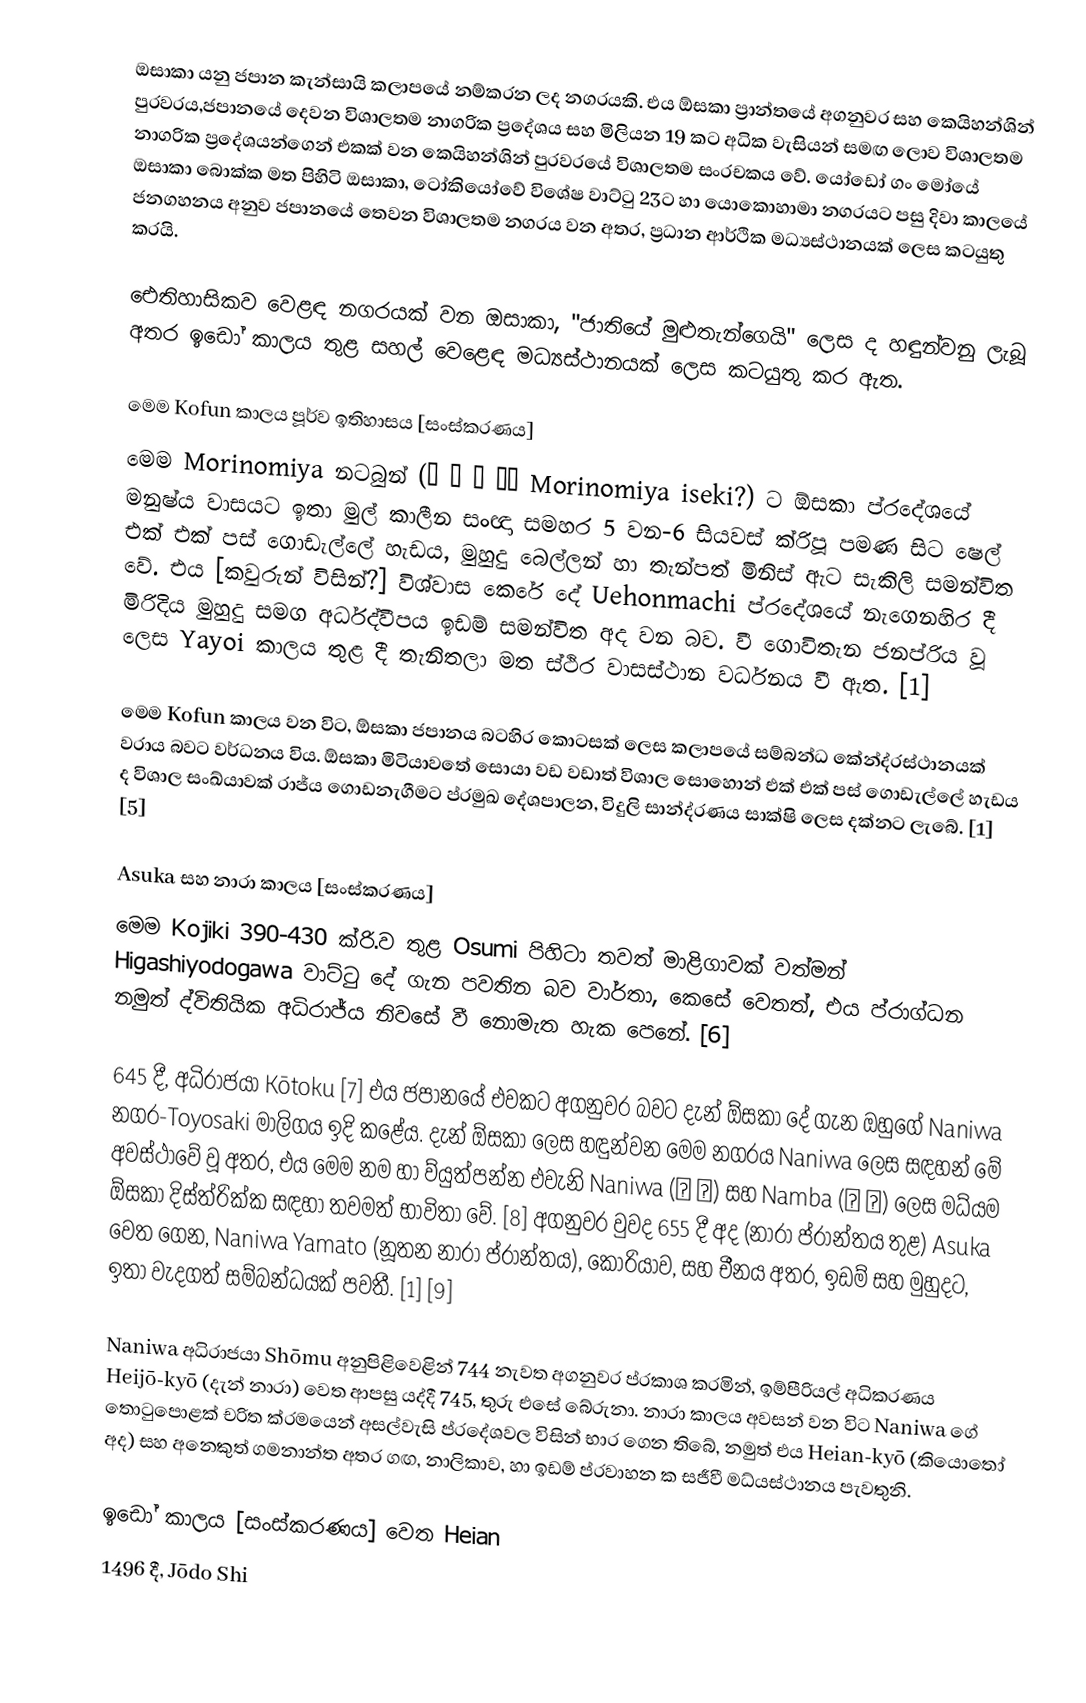
ඔසාකා යනු ජපාන කැන්සායි කලාපයේ නම්කරන ලද නගරයකි. එය ඕසකා ප්‍රාන්තයේ අගනුවර සහ කෙයිහන්ශින් පුරවරය,ජපානයේ දෙවන විශාලතම නාගරික ප්‍රදේශය සහ මිලියන 19 කට අධික වැසියන් සමඟ ලොව විශාලතම නාගරික ප්‍රදේශයන්ගෙන් එකක් වන කෙයිහන්ශින් පුරවරයේ විශාලතම සංරචකය වේ.  යෝඩෝ ගං මෝයේ ඔසාකා බොක්ක මත පිහිටි ඔසාකා, ටෝකියෝවේ විශේෂ වාට්ටු 23ට හා යොකොහාමා නගරයට පසු දිවා කාලයේ ජනගහනය අනුව ජපානයේ තෙවන විශාලතම නගරය වන අතර, ප්‍රධාන ආර්ථික මධ්‍යස්ථානයක් ලෙස කටයුතු කරයි.

ඓතිහාසිකව වෙළඳ නගරයක් වන ඔසාකා, "ජාතියේ මුළුතැන්ගෙයි" ලෙස ද හඳුන්වනු ලැබූ අතර ඉඩෝ කාලය තුළ සහල් වෙළෙඳ මධ්‍යස්ථානයක් ලෙස කටයුතු කර ඇත.

මෙම Kofun කාලය පූර්ව ඉතිහාසය [සංස්කරණය]
මෙම Morinomiya නටබුන් (森 ノ 宮 遺跡 Morinomiya iseki?) ට ඕසකා ප්රදේශයේ මනුෂ්ය වාසයට ඉතා මුල් කාලීන සංඥා සමහර 5 වන-6 සියවස් ක්රිපූ පමණ සිට ෂෙල් එක් එක් පස් ගොඩැල්ලේ හැඩය, මුහුදු බෙල්ලන් හා තැන්පත් මිනිස් ඇට සැකිලි සමන්විත වේ. එය [කවුරුන් විසින්?] විශ්වාස කෙරේ දේ Uehonmachi ප්රදේශයේ නැගෙනහිර දී මිරිදිය මුහුදු සමග අර්ධද්වීපය ඉඩම් සමන්විත අද වන බව. වී ගොවිතැන ජනප්රිය වූ ලෙස Yayoi කාලය තුළ දී තැනිතලා මත ස්ථිර වාසස්ථාන වර්ධනය වී ඇත. [1]

මෙම Kofun කාලය වන විට, ඕසකා ජපානය බටහිර කොටසක් ලෙස කලාපයේ සම්බන්ධ කේන්ද්රස්ථානයක් වරාය බවට වර්ධනය විය. ඕසකා මිටියාවතේ සොයා වඩ වඩාත් විශාල සොහොන් එක් එක් පස් ගොඩැල්ලේ හැඩය ද විශාල සංඛ්යාවක් රාජ්ය ගොඩනැගීමට ප්රමුඛ දේශපාලන, විදුලි සාන්ද්රණය සාක්ෂි ලෙස දක්නට ලැබේ. [1] [5]

Asuka සහ නාරා කාලය [සංස්කරණය]
මෙම Kojiki 390-430 ක්රි.ව තුළ Osumi පිහිටා තවත් මාළිගාවක් වත්මන් Higashiyodogawa වාට්ටු දේ ගැන පවතින බව වාර්තා, කෙසේ වෙතත්, එය ප්රාග්ධන නමුත් ද්විතියික අධිරාජ්ය නිවසේ වී නොමැත හැක පෙනේ. [6]

645 දී, අධිරාජයා Kōtoku [7] එය ජපානයේ එවකට අගනුවර බවට දැන් ඕසකා දේ ගැන ඔහුගේ Naniwa නගර-Toyosaki මාලිගය ඉදි කළේය. දැන් ඕසකා ලෙස හඳුන්වන මෙම නගරය Naniwa ලෙස සඳහන් මේ අවස්ථාවේ වූ අතර, එය මෙම නම හා ව්යුත්පන්න එවැනි Naniwa (浪 速) සහ Namba (難 波) ලෙස මධ්යම ඕසකා දිස්ත්රික්ක සඳහා තවමත් භාවිතා වේ. [8] අගනුවර වුවද 655 දී අද (නාරා ප්රාන්තය තුළ) Asuka වෙත ගෙන, Naniwa Yamato (නූතන නාරා ප්රාන්තය), කොරියාව, සහ චීනය අතර, ඉඩම් සහ මුහුදට, ඉතා වැදගත් සම්බන්ධයක් පවතී. [1] [9]

Naniwa අධිරාජයා Shōmu අනුපිළිවෙළින් 744 නැවත අගනුවර ප්රකාශ කරමින්, ඉම්පීරියල් අධිකරණය Heijō-kyō (දැන් නාරා) වෙත ආපසු යද්දී 745, තුරු එසේ බේරුනා. නාරා කාලය අවසන් වන විට Naniwa ගේ තොටුපොළක් චරිත ක්රමයෙන් අසල්වැසි ප්රදේශවල විසින් භාර ගෙන තිබේ, නමුත් එය Heian-kyō (කියොතෝ අද) සහ අනෙකුත් ගමනාන්ත අතර ගඟ, නාලිකාව, හා ඉඩම් ප්රවාහන ක සජීවී මධ්යස්ථානය පැවතුනි.

ඉඩෝ කාලය [සංස්කරණය] වෙත Heian
1496 දී, Jōdo Shi